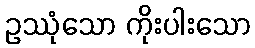
ဥဿုံသော ကိုးပါးသော